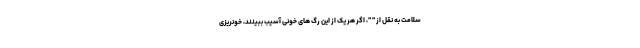
سلامت به نقل از " "، اگر هر یک از این رگ های خونی آسیب ببینند، خونریزی